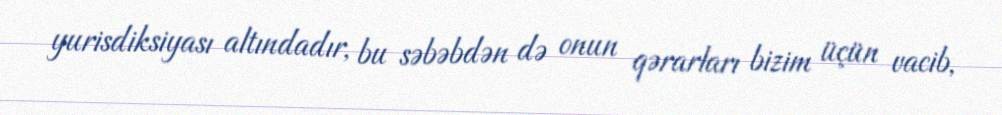
yurisdiksiyası altındadır, bu səbəbdən də onun qərarları bizim üçün vacib,